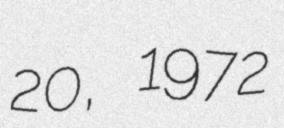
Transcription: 20, 1972